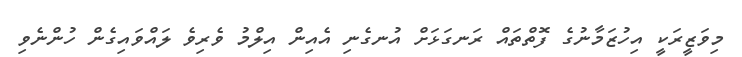
މިވަޒީރަކީ އިހުޒަމާނުގެ ފޮތްތައް ރަނގަޅަށް އުނގެނި އެއިން އިލްމު ވެރިވެ ލައްވައިގެން ހުންނެވި